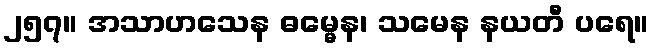
၂၅၇။ အသာဟသေန ဓမ္မေန၊ သမေန နယတီ ပရေ။